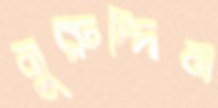
নুরুদ্দিন